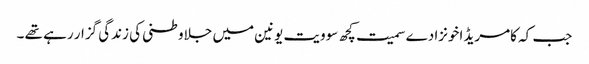
جب کہ کامریڈ اخونزادے سمیت کچھ سوویت یونین میں جلاوطنی کی زندگی گزار رہے تھے ۔